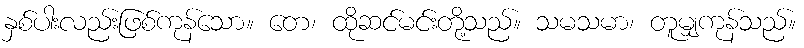
နှစ်ပါးလည်းဖြစ်ကုန်သော။ တေ၊ ထိုဆင်မင်းတို့သည်။ သမသမာ၊ တူမျှကုန်သည်။